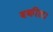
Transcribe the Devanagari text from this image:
वकील।